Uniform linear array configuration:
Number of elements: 64
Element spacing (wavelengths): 0.25
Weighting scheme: exponential
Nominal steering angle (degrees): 15
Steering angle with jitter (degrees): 16.277
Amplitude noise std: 0.05
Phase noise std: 0.05

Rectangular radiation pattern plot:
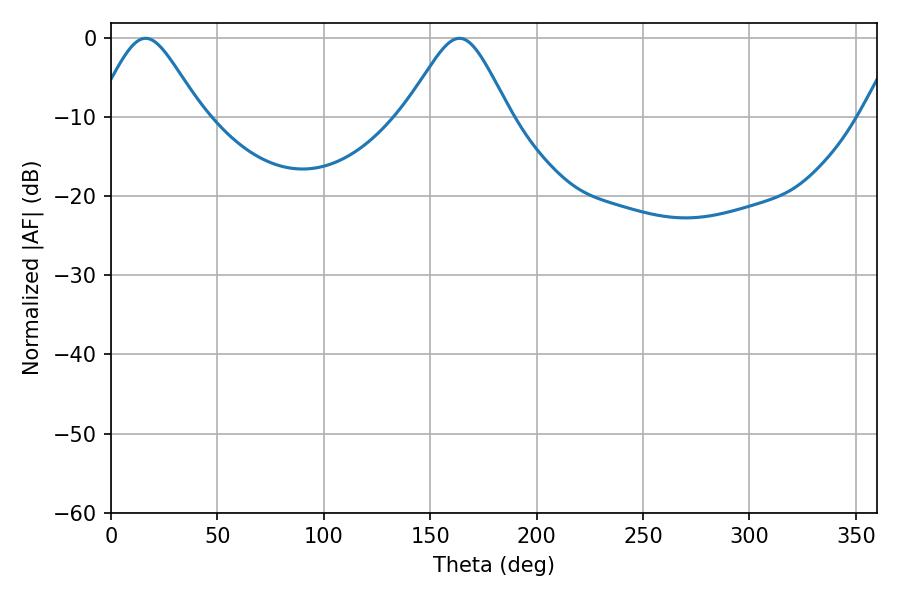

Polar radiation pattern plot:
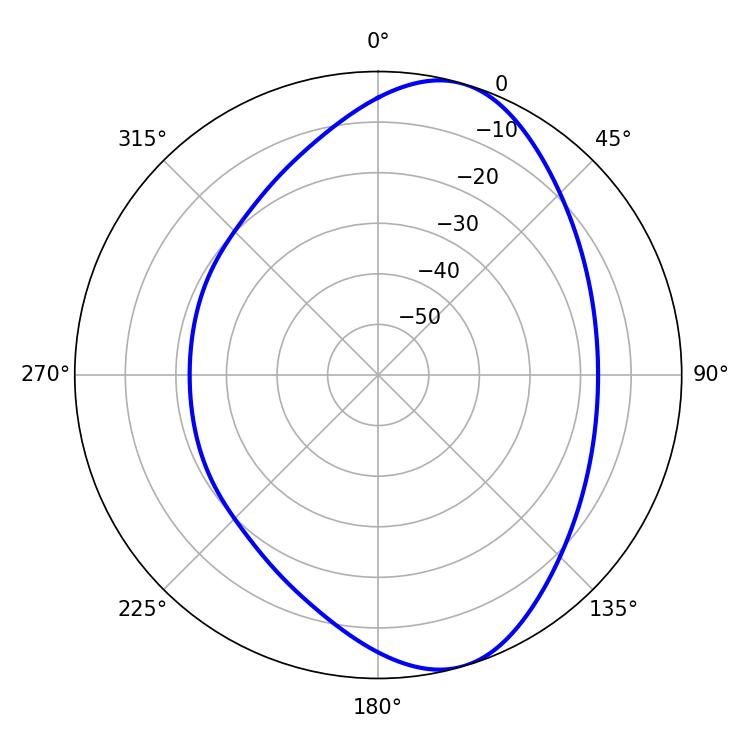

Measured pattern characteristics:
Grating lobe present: FALSE
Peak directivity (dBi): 8.082
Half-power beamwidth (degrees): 24.12
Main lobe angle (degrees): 16.2